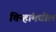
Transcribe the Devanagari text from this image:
चिन्हांमधील